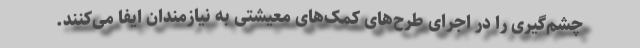
چشم‌گیری را در اجرای طرح‌های کمک‌های معیشتی به نیازمندان ایفا می‌کنند.